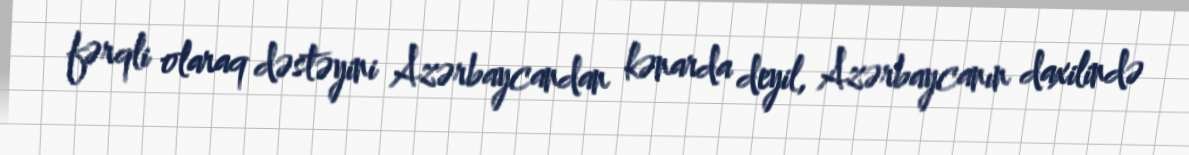
fərqli olaraq dəstəyini Azərbaycandan kənarda deyil, Azərbaycanın daxilində